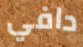
دافي